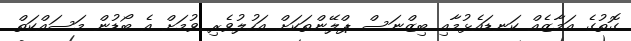
ގޮތުގެ އަމާޒެއް ކަނޑައެޅުމާއި ބިޒްނަސް ޕްލޭންތަކަށް އަހުލުވެރި ވުމަށް އެ ބޯޑުން މަަސައްކަތް